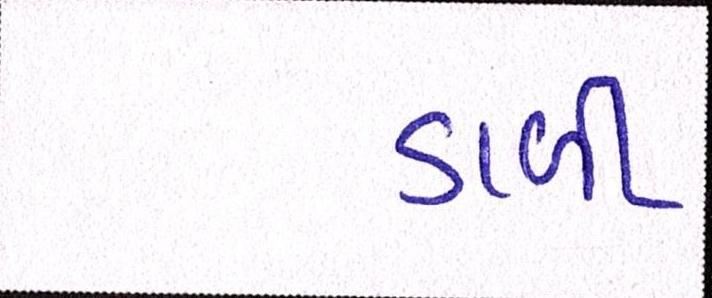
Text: ડાળી